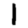
Digit: 1